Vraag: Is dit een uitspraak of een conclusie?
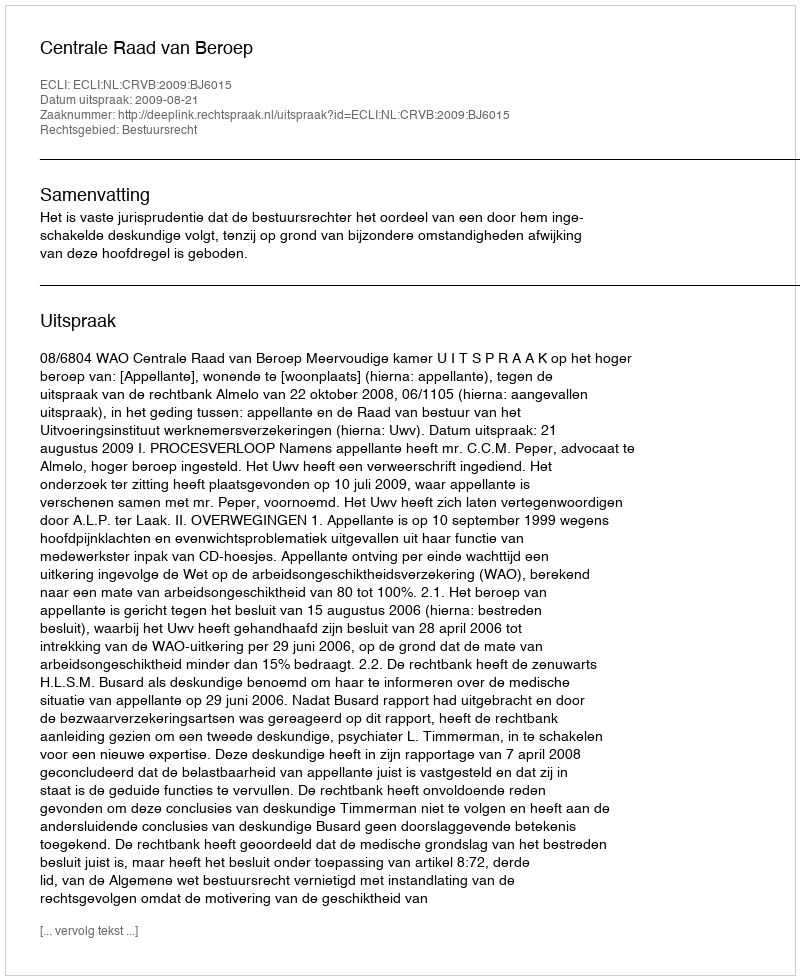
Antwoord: Uitspraak